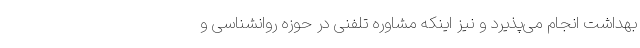
بهداشت انجام می‌پذیرد و نیز اینکه مشاوره تلفنی در حوزه روانشناسی و